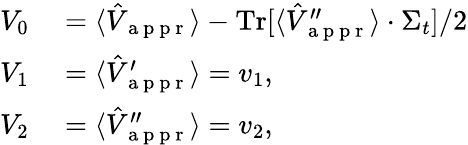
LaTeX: \begin{array}{rl}{V_{0}}&{{}=\langle\hat{V}_{\mathrm{~a~p~p~r~}}\rangle-\operatorname{Tr}[\langle\hat{V}_{\mathrm{~a~p~p~r~}}^{\prime\prime}\rangle\cdot\Sigma_{t}]/2}\\ {V_{1}}&{{}=\langle\hat{V}_{\mathrm{~a~p~p~r~}}^{\prime}\rangle=v_{1},}\\ {V_{2}}&{{}=\langle\hat{V}_{\mathrm{~a~p~p~r~}}^{\prime\prime}\rangle=v_{2},}\end{array}